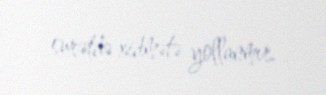
surətdə xidmətə yollanmır.